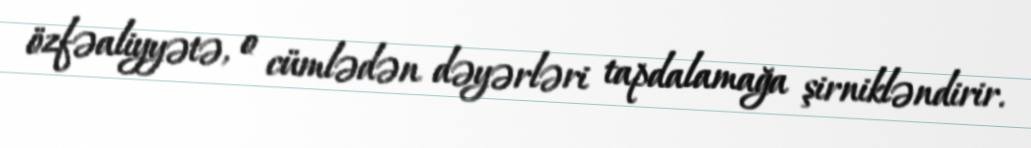
özfəaliyyətə, o cümlədən dəyərləri tapdalamağa şirnikləndirir.